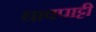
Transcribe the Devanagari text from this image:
धावपाट्टी